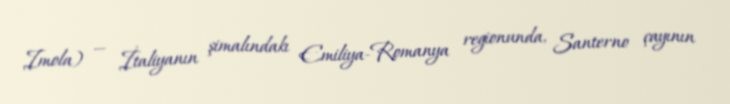
Imola) — İtaliyanın şimalındakı Emiliya-Romanya regionunda, Santerno çayının